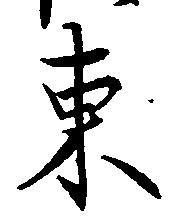
東